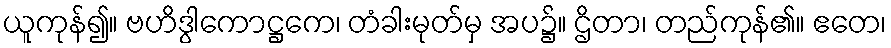
ယူကုန်၍။ ဗဟိဒွါကောဋ္ဌကေ၊ တံခါးမုတ်မှ အပ၌။ ဌိတာ၊ တည်ကုန်၏။ ဧတေ၊